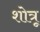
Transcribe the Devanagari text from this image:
शोत्रू